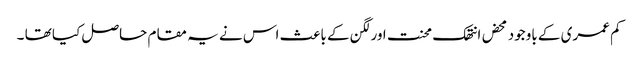
کم عمری کے باوجود محض انتھک محنت اورلگن کے باعث اس نے یہ مقام حاصل کیا تھا ۔